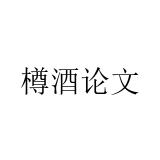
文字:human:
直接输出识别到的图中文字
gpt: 樽酒论文